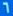
6